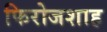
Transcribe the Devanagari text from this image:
फिरोजशाह